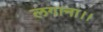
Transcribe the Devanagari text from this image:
लगाना।।